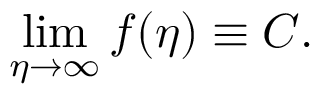
\operatorname* { l i m } _ { \eta \rightarrow \infty } f ( \eta ) \equiv C .